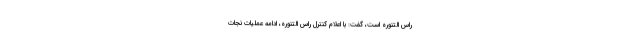
راس التنوره است، گفت: با اعلام کنترل راس التنوره، ادامه عملیات نجات